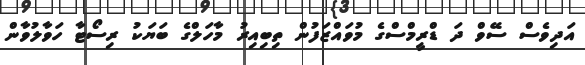
އަދިވެސް ސޭވް ދަ ޑްރީމްސްގެ މުވައްޒަފުން ތިބިއިރު މާހަލްގެ ބަޔަކު ރިސޯޓާ ހަވާލުވާން